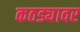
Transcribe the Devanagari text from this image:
कठड्यावर